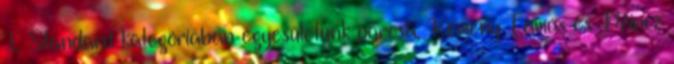
I. Standard kategóriában egyesületünk párosa, Kemény Tamás és Princz